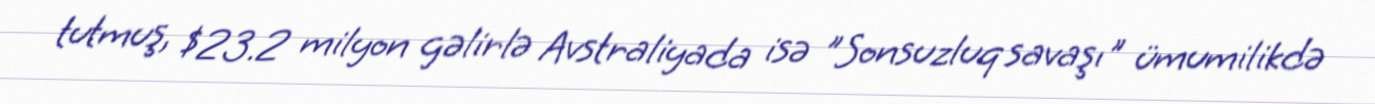
tutmuş, $23.2 milyon gəlirlə Avstraliyada isə "Sonsuzluq savaşı" ümumilikdə